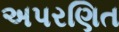
અપરણિત